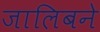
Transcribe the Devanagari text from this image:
जालिबने